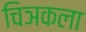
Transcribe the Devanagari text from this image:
चिञकला